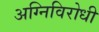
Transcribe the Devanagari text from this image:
अग्निविरोधी